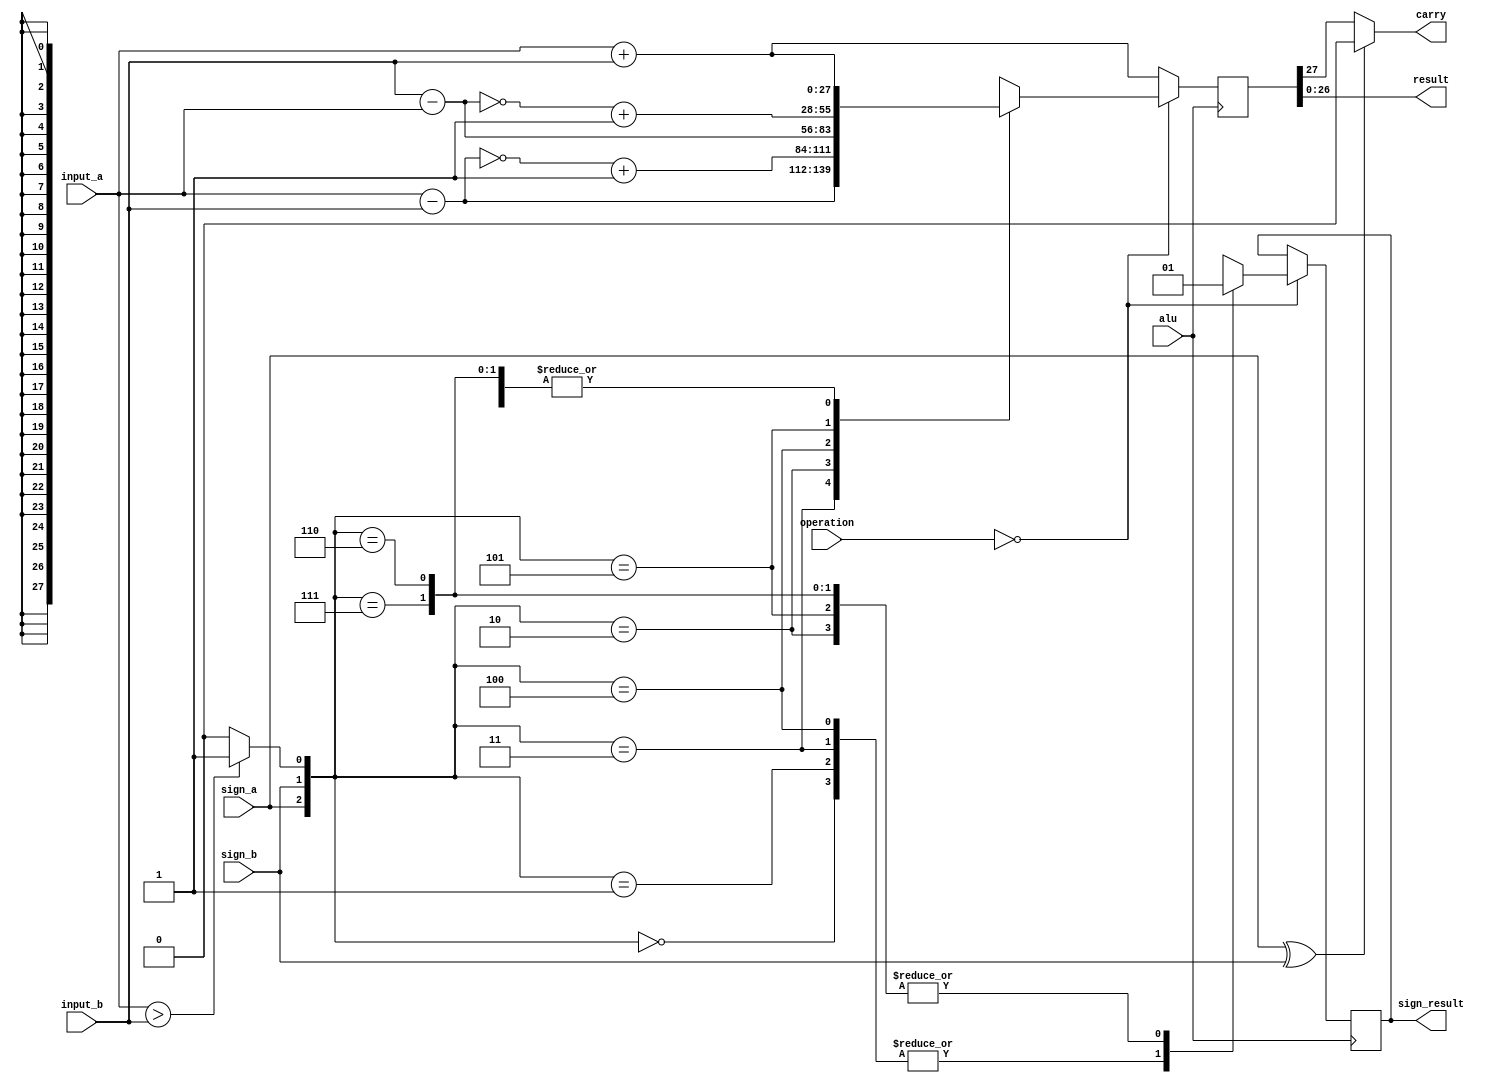
/* operaes aritmticas ADD, SUB, MUL */
module bigALU(
    input alu, // habilita a ALU
    input [26:0] input_a, // nmero A
    input sign_a, // sinal do nmero A
    input [26:0] input_b, // nmero B
    input sign_b, // sinal do nmero B
    input [1:0] operation, // operao a ser realizada 
    output [26:0] result, // resultado 
    // output sign_result,
    output carry,
    output reg sign_result
);

    localparam ADD = 2'b00; // adio
    localparam MUL = 2'b10; // multiplicao

    reg [27:0] aux;
    assign a_greater_b = (input_a > input_b) ? 1'b1 : 1'b0;
    
    always @ (posedge alu) begin 
        case(operation)
            ADD: case ({sign_a, sign_b, a_greater_b})
                3'b000: begin 
                    aux <= input_a + input_b;
                    sign_result = 0; 
                end 
                3'b001: begin 
                    aux <= input_a + input_b;
                    sign_result = 0; 
                end 
                3'b011: begin 
                    aux <= input_a - input_b;
                    sign_result = 0;
                end 
                3'b010: begin 
                    aux <= ~(input_a - input_b) + 1'b1;
                    sign_result = 1; 
                end 
                3'b100: begin 
                    aux <= input_b - input_a;
                    sign_result = 0; 
                end 
                3'b101: begin 
                    aux <= ~(input_b - input_a) + 1'b1;
                    sign_result = 1; 
                end 
                3'b111: begin 
                    aux <= input_a + input_b;
                    sign_result = 1; 
                end
                3'b110: begin 
                    aux <= input_a + input_b;
                    sign_result = 1; 
                end 
            endcase
            default: aux <= input_a + input_b;
        endcase
    end

    assign carry = (sign_a ^ sign_b) ? 1'b0: aux[27];
    assign result = aux[26:0];
   // assign sign_result = aux[]

endmodule

/*
23x23 = 47
soma0 num_b[0] ? num_a : 0;
soma1 num_b[1] ? num_a << 1 : 0;
soma2 num_b[2] ? num_a << 2 : 0;
*/